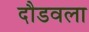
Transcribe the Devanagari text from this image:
दौडवला